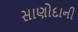
સાણોદાની